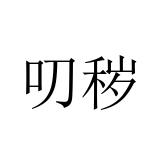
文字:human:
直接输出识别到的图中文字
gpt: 叨秽